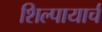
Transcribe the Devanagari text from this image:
शिल्पायार्च